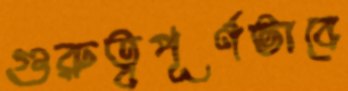
গুরুত্বপূর্ণভাবে